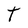
Character: T